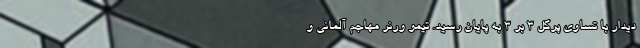
دیدار با تساوی پرگل ۳ بر ۳ به پایان رسید. تیمو ورنر مهاجم آلمانی و